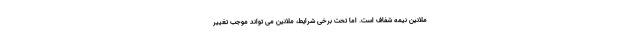
ملانین نیمه شفاف است. اما تحت برخی شرایط، ملانین می تواند موجب تغییر